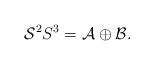
LaTeX: \begin{align*}\mathcal{S}^{2}S^{3}=\mathcal{A}\oplus \mathcal{B}. \end{align*}